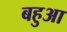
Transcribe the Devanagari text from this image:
बहुआ